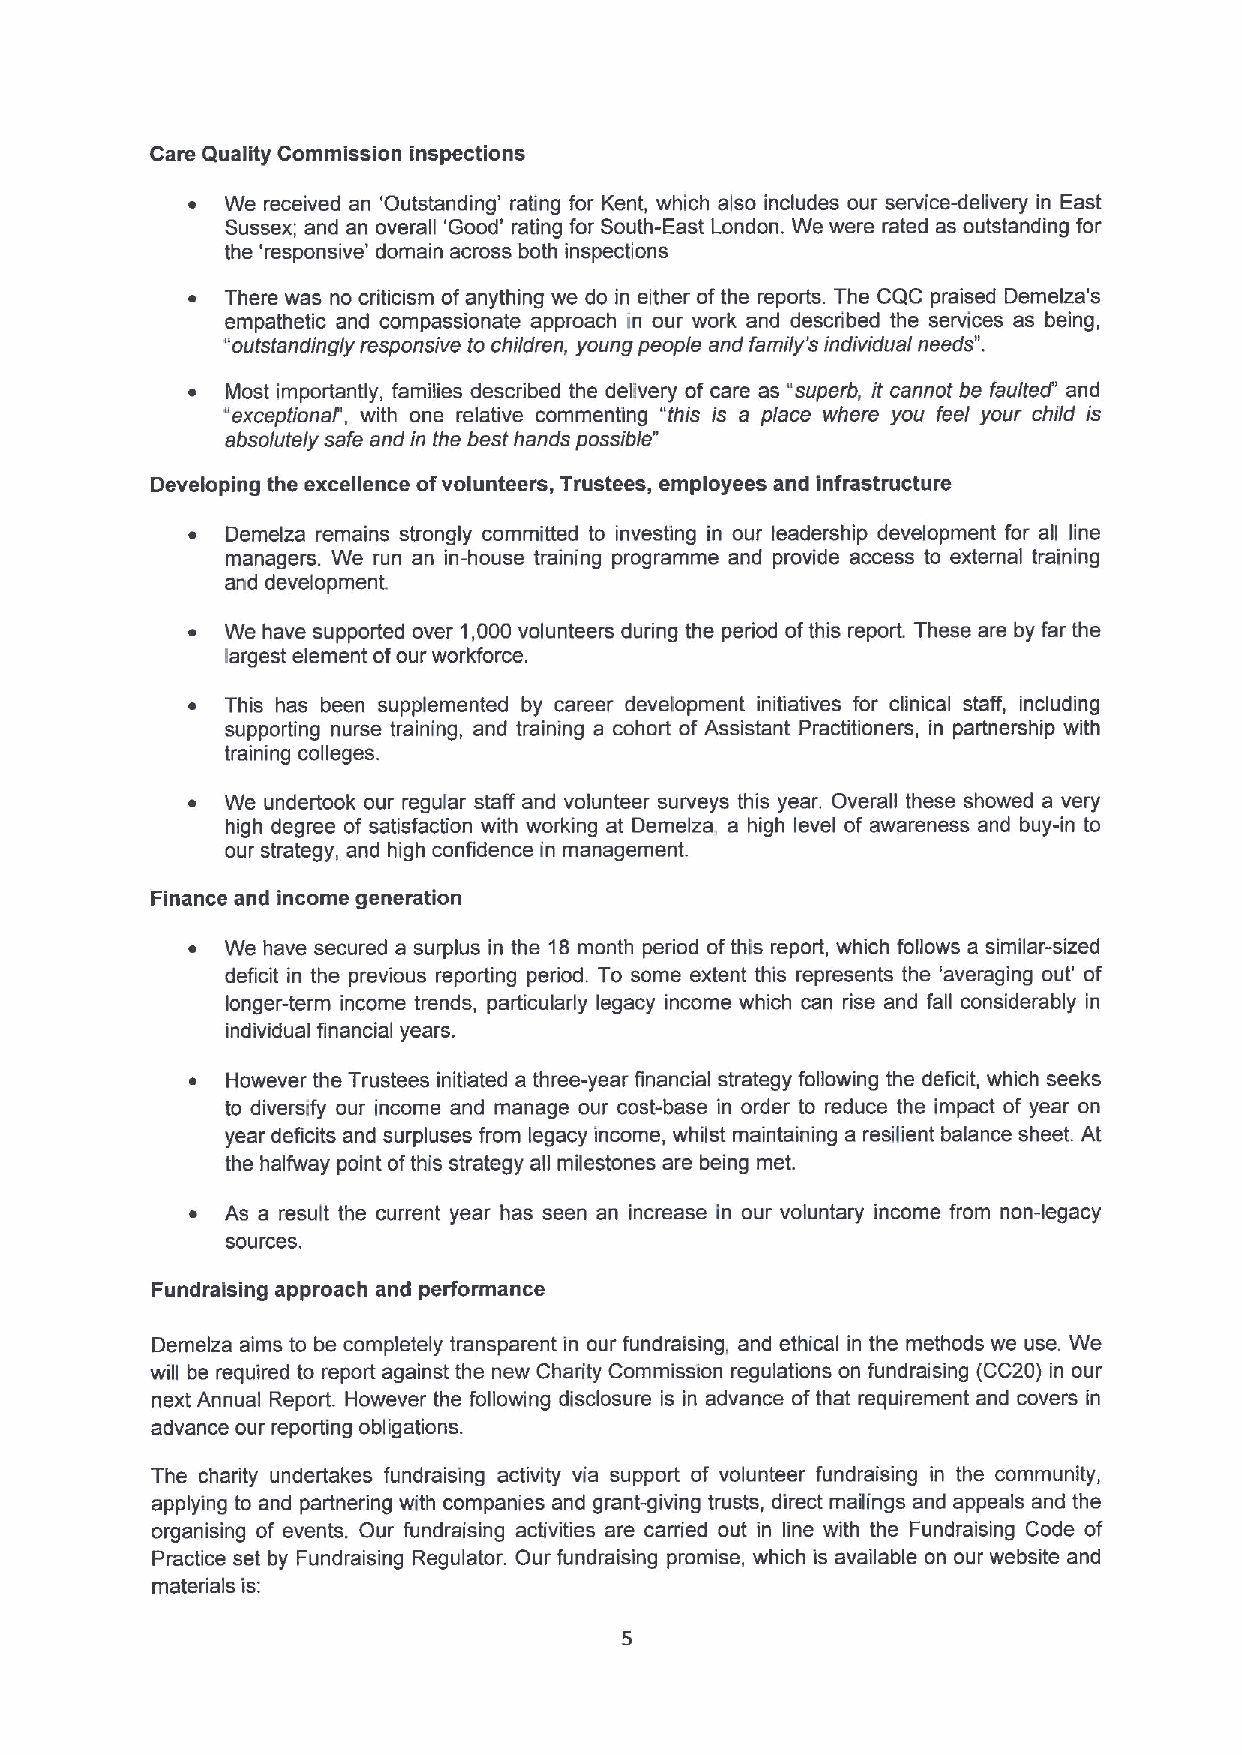
Care Quality Commission inspections
 ~  We received an 'Outstanding' rating for Kent, which also includes our service-delivery in East
 Sussex; and an overall 'Good' rating for South-East London. We were rated as outstanding for
 the 'responsive' domain across both inspections
 ~  There was no criticism ofanything we do in either ofthe reports. The CQC praised Demelza's
 empathetic and compassionate approach in our work and described the services as being,
 "outstandingly responsive to children, young people and family'sindividual needs".
 ~  Most importantly, families described the delivery of care as "superb, it cannot be faulted' and
 "exceptionaf, with one relative commenting "this is a place where you feel your child is
 absolutely safe and in the best hands possible"
 Developing the excellence ofvolunteers, Trustees, employees and infrastructure
 ~  Demelza remains strongly committed to investing in our leadership development for all line
 managers. We run an in-house training programme and provide access to external training
 and development
 ~  We have supported over 1,000 volunteers during the period ofthis report. These are by far the
 largest element ofour workforce.
 ~  This has been supplemented by career development initiatives for clinical staff, including
 supporting nurse training, and training a cohort of Assistant Practitioners, in partnership with
 training colleges.
 ~  We undertook our regular staff and volunteer surveys this year. Overall these showed a very
 high degree of satisfaction with working at Demelza, a high level of awareness and buy-in to
 our strategy, and high confidence in management.
 Finance and income generation
 ~  We have secured a surplus in the 18month period ofthis report, which follows a similar-sized
 deficit in the previous reporting period. To some extent this represents the 'averaging out' of
 longer-term income trends, particularly legacy income which can rise and fall considerably in
 individual financial years.
 ~ However the Trustees initiated a three-year financial strategy following the deficit, which seeks
 to diversify our income and manage our cost-base in order to reduce the impact of year on
 year deficits and surpluses from legacy income, whilst maintaining a resilient balance sheet. At
 the halfway point ofthis strategy all milestones are being met.
 ~ As a result the current year has seen an increase in our voluntary income from non-legacy
 sources.
 Fundraising approach and performance
 Demelza aims to be completely transparent in our fundraising, and ethical in the methods we use. We
 will be required to report against the new Charity Commission regulations on fundraising (CC20) in our
 next Annual Report. However the following disclosure is in advance ofthat requirement and covers in
 advance our reporting obligations.
 The charity undertakes fundraising activity via support of volunteer fundraising in the community,
 applying to and partnering with companies and grant-giving trusts, direct mailings and appeals and the
 organising of events. Our fundraising activities are carried out in line with the Fundraising Code of
 Practice set by Fundraising Regulator. Our fundraising promise, which is available on our website and
 materials is: